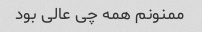
ممنونم همه چی عالی بود